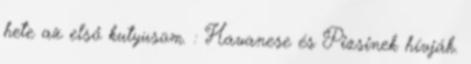
hete az első kutyusom. : Havanese és Pizsinek hívják.